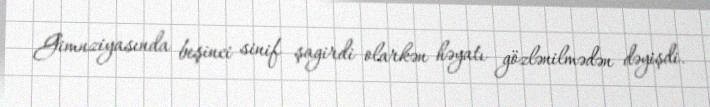
Gimnziyasında beşinci sinif şagirdi olarkən həyatı gözlənilmədən dəyişdi.